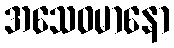
အသေဝမာနော